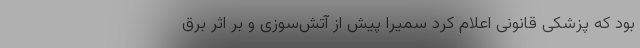
بود که پزشکی قانونی اعلام کرد سمیرا پیش از آتش‌سوزی و بر اثر برق